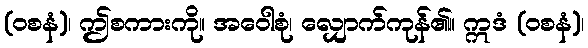
(ဝစနံ)၊ ဤစကားကို။ အဝေါစုံ၊ လျှောက်ကုန်၏။ ဣဒံ (ဝစနံ)၊